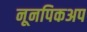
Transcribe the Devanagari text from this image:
नूनपिकअप